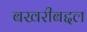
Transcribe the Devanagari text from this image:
बखरीबद्दल